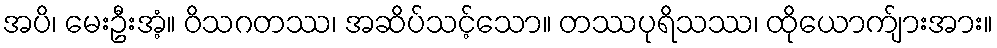
အပိ၊ မေးဦးအံ့။ ဝိသဂတဿ၊ အဆိပ်သင့်သော။ တဿပုရိသဿ၊ ထိုယောက်ျားအား။